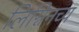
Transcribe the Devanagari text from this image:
लिग्निनच्य